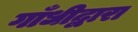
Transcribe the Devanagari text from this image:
गाँधीद्वारा